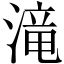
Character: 滝